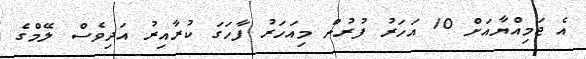
އެ ޖަމިއްޔާއަށް 10 އަހަރު ފުރުން މިއަހަރު ފާހަގަ ކުރާއިރު އަދިވެސް ލޭމްގެ